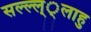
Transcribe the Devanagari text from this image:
सल्ल्ल््लाहु